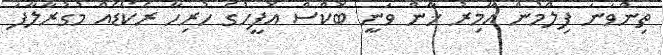
ތިންވަނަ ފިލްމުން އާމިރު ޚާން ވަނީ ބޮކްސް އޮފީހުގެ ހުރިހާ ރެކޯޑެއް މުގުރާލާފަ